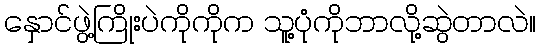
နှောင်ဖွဲ့ကြိုးပဲကိုကိုက သူ့ပုံကိုဘာလို့ဆွဲတာလဲ။